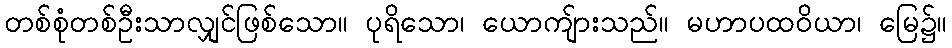
တစ်စုံတစ်ဦးသာလျှင်ဖြစ်သော။ ပုရိသော၊ ယောကျ်ားသည်။ မဟာပထဝိယာ၊ မြေ၌။